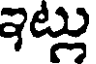
ఇట్లు